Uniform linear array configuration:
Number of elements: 16
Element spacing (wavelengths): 0.25
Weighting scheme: kaiser
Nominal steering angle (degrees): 45
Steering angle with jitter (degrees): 43.054
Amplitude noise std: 0.05
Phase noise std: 0.05

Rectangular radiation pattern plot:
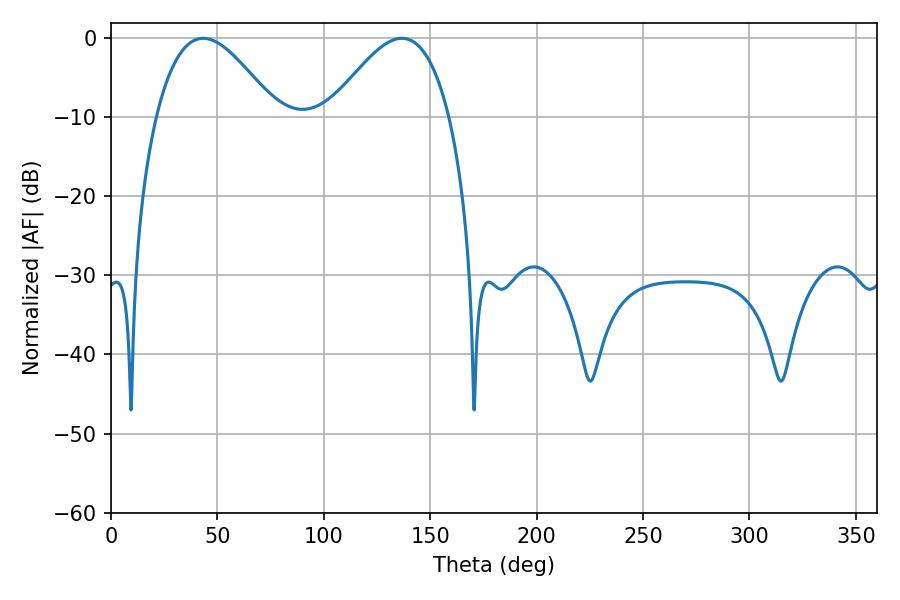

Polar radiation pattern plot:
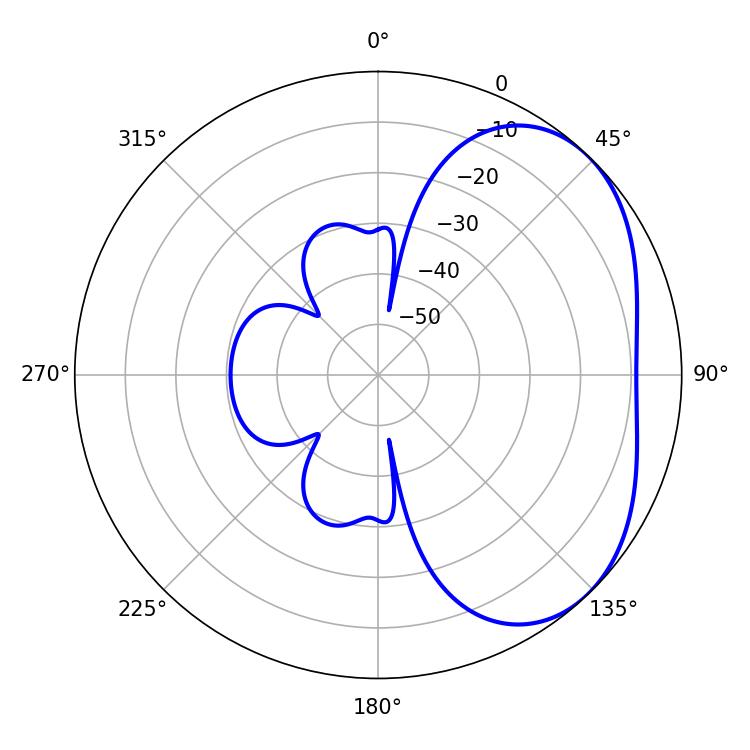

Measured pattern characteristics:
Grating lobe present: FALSE
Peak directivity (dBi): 3.628
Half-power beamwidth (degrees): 30.42
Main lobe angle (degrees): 43.38